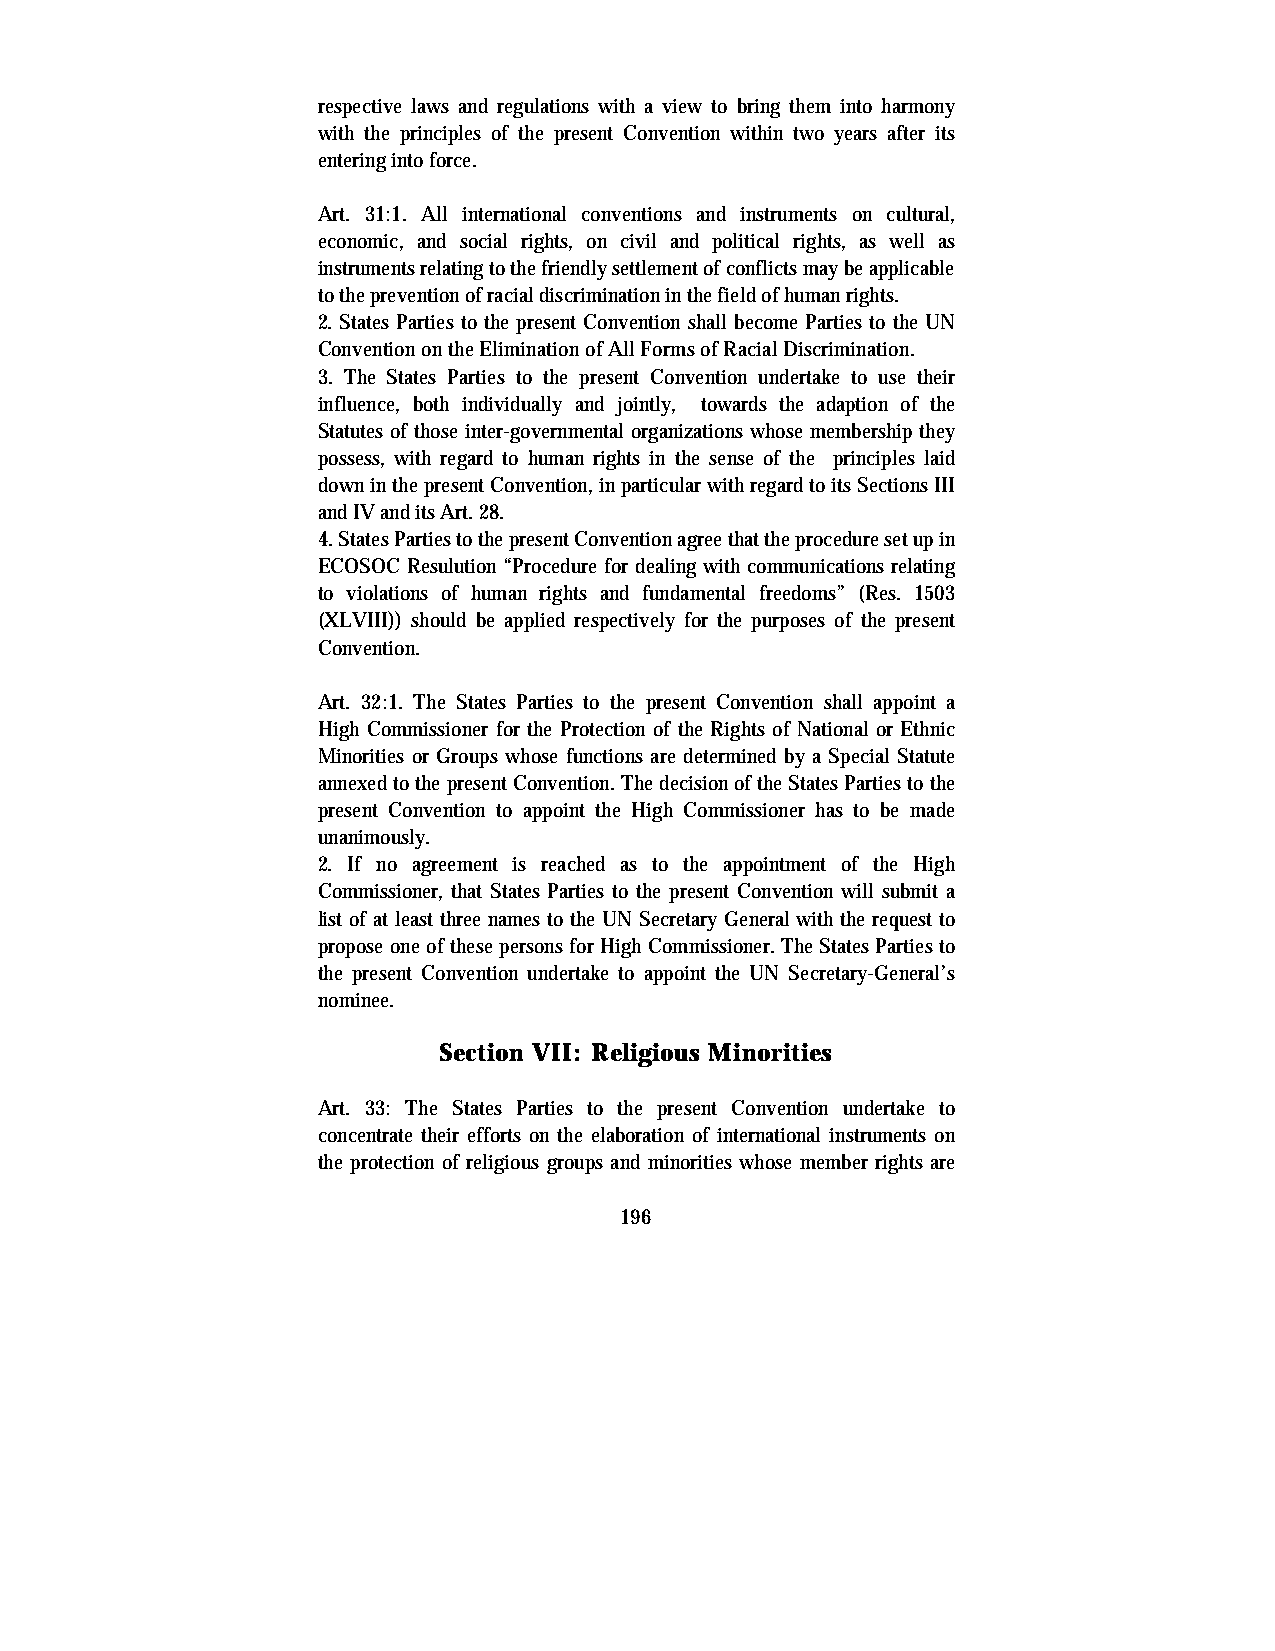
respective laws and regulations with a view to bring them into harmony
 with the principles of the present Convention within two years after its
 entering into force.
 Art. 31:1. All international conventions and instruments on cultural,
 economic, and social rights, on civil and political rights, as well as
 instruments relating to the friendly settlement of conflicts may be applicable
 to the prevention of racial discrimination in the field of human rights.
 2. States Parties to the present Convention shall become Parties to the UN
 Convention on the Elimination of All Forms of Racial Discrimination.
 3. The States Parties to the present Convention undertake to use their
 influence, both individually and jointly, towards the adaption of the
 Statutes of those inter-governmental organizations whose membership they
 possess, with regard to human rights in the sense of the principles laid
 down in the present Convention, in particular with regard to its Sections III
 and IV and its Art. 28.
 4. States Parties to the present Convention agree that the procedure set up in
 ECOSOC Resulution “Procedure for dealing with communications relating
 to violations of human rights and fundamental freedoms” (Res. 1503
 (XLVIII)) should be applied respectively for the purposes of the present
 Convention.
 Art. 32:1. The States Parties to the present Convention shall appoint a
 High Commissioner for the Protection of the Rights of National or Ethnic
 Minorities or Groups whose functions are determined by a Special Statute
 annexed to the present Convention. The decision of the States Parties to the
 present Convention to appoint the High Commissioner has to be made
 unanimously.
 2. If no agreement is reached as to the appointment of the High
 Commissioner, that States Parties to the present Convention will submit a
 list of at least three names to the UN Secretary General with the request to
 propose one of these persons for High Commissioner. The States Parties to
 the present Convention undertake to appoint the UN Secretary-General’s
 nominee.
 Section VII: Religious Minorities
 Art. 33: The States Parties to the present Convention undertake to
 concentrate their efforts on the elaboration of international instruments on
 the protection of religious groups and minorities whose member rights are
 196